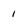
Character: 1